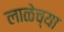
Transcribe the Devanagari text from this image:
लाळेच्या